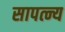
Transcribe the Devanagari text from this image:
सापत्न्य